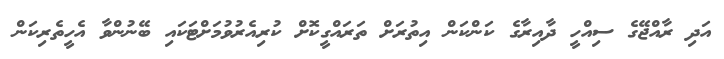
އަދި ރާއްޖޭގެ ސިއްހީ ދާއިރާގެ ކަންކަން އިތުރަށް ތަރައްގީކޮށް ކުރިއެރުވުމަށްޓަކައި ބޭނުންވާ އެހީތެރިކަން